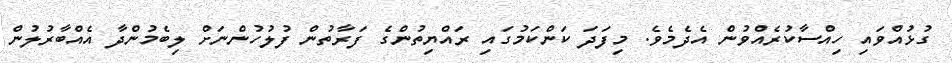
ގުޅުއްވައި ހިއްސާކުރެއްވުން އެދެމެވެ. މިފަދަ ކަންކަމުގައި ރައްޔިތުންގެ ފަރާތުން ފުލުހުންނަށް ލިބެމުންދާ އެއްބާރުލުން